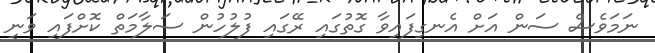
ނަމަވެސް ސަން އަށް އެނގިފައިވާ ގޮތުގައި ރޭގައި ފުލުހުން ސަލާމަތް ކޮށްފައި ވަނީ